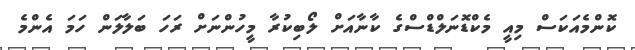
ކޮންމެއަކަސް މިއީ މެކްޑޮނަލްޑްސްގެ ކާނާއަށް ލޯބިކުރާ މީހުންނަށް ރަހަ ބަލާލަން ހަމަ އެންމެ